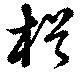
楫